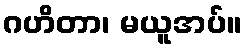
ဂဟိတာ၊ မယူအပ်။